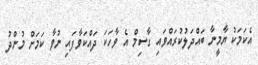
އެކަމަކު ޔާމީނާ ބައްދަލުކުރައްވައި ގާސިމް އެ ވާހަކަ ދައްކަވާފައި ނުވާ ކަމަށް މުންދު